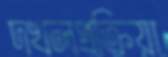
দখলপ্রক্রিয়া